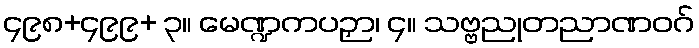
၄၉၈+၄၉၉+ ၃။ မေဏ္ဍကပဉှာ၊ ၄။ သဗ္ဗညုတညာဏဝဂ်